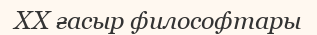
XX ғасыр философтары